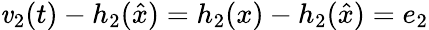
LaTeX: \mathit{v}_{2}(t)-h_{2}({\hat{{x}}})=h_{2}(x)-h_{2}({\hat{{x}}})=e_{2}